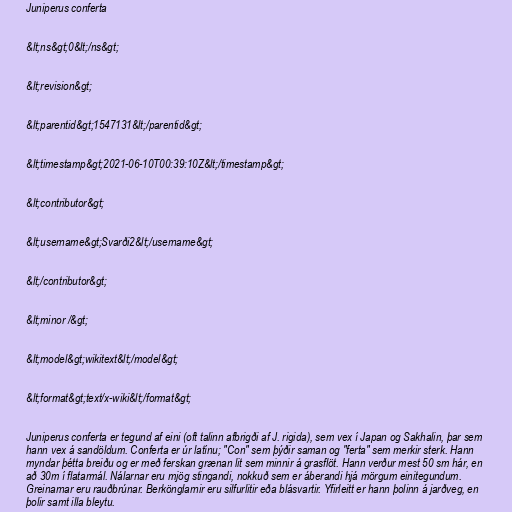
Juniperus conferta

&lt;ns&gt;0&lt;/ns&gt;

&lt;revision&gt;

&lt;parentid&gt;1547131&lt;/parentid&gt;

&lt;timestamp&gt;2021-06-10T00:39:10Z&lt;/timestamp&gt;

&lt;contributor&gt;

&lt;username&gt;Svarði2&lt;/username&gt;

&lt;/contributor&gt;

&lt;minor /&gt;

&lt;model&gt;wikitext&lt;/model&gt;

&lt;format&gt;text/x-wiki&lt;/format&gt;

Juniperus conferta er tegund af eini (oft talinn afbrigði af J. rigida), sem vex í Japan og Sakhalin, þar sem
hann vex á sandöldum. Conferta er úr latínu; "Con" sem þýðir saman og "ferta" sem merkir sterk. Hann
myndar þétta breiðu og er með ferskan grænan lit sem minnir á grasflöt. Hann verður mest 50 sm hár, en
að 30m í flatarmál. Nálarnar eru mjög stingandi, nokkuð sem er áberandi hjá mörgum einitegundum.
Greinarnar eru rauðbrúnar. Berkönglarnir eru silfurlitir eða blásvartir. Yfirleitt er hann þolinn á jarðveg, en
þolir samt illa bleytu.